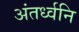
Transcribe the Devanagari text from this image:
अंतर्ध्वनि